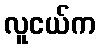
လူငယ်က